Lunatic asylums in Bengal annual reports 1888-1898 - 1888-1898
Year: 1888
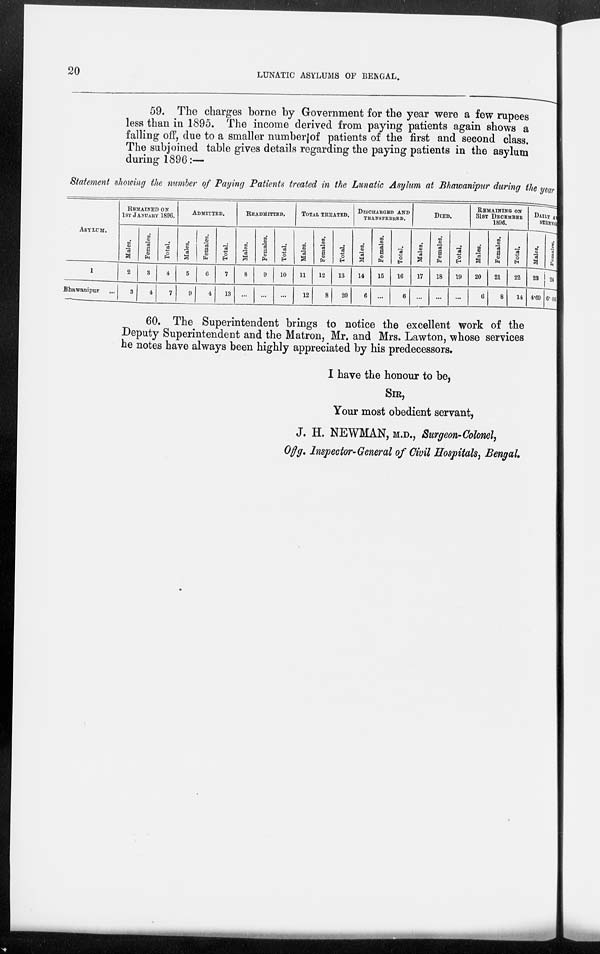
20
LUNATIC ASYLUMS OF BENGAL.
59. The charges borne by Government for the year were a few rupees
less than in 1895. The income derived from paying patients again shows a
falling off, due to a smaller number of patients of the first and second class.
The subjoined table gives details regarding the paying patients in the asylum
during 1896:—
Statement showing the number of Paying Patients treated in the Lunatic Asylum at Bhawanipur during the year
ASYLUM.
1
Bhawanipur ...
REMAINED ON
1ST JANUARY 1896.
Males.
2
3
Females.
3
4
Total.
4
7
ADMITTED.
Males.
5
9
Females.
6
4
Total.
7
13
READMITTED.
Males.
8
...
Females.
9
...
Total.
10
...
TOTAL TREATED.
Males.
11
12
Females.
12
8
Total.
13
20
DISCHARGED AND
TRANSFERRED.
Males.
14
6
Females.
15
...
Total.
16
6
DIED.
Males.
17
...
Females.
18
...
Total.
19
...
REMAINING ON
31ST DECEMBER
1896.
Males.
20
6
Females.
21
8
Total.
22
14
DAILY A
STRENGTH.
Males.
23
4.69
Females.
24
6.05
60. The Superintendent brings to notice the excellent work of the
Deputy Superintendent and the Matron, Mr. and Mrs. Lawton, whose services
he notes have always been highly appreciated by his predecessors.
I have the honour to be,
SIR,
Your most obedient servant,
J. H. NEWMAN, M.D., Surgeon-Colonel,
Offg. Inspector-General of Civil Hospitals, Bengal.